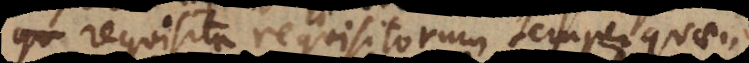
si requisita requisitorum semper